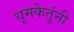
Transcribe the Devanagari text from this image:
धूमकेतूंनी